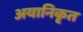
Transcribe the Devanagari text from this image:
अयानिकृत